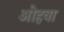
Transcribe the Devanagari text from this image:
ओहवा